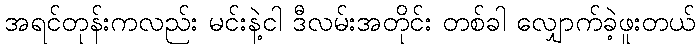
အရင်တုန်းကလည်း မင်းနဲ့ငါ ဒီလမ်းအတိုင်း တစ်ခါ လျှောက်ခဲ့ဖူးတယ်